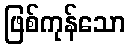
ဖြစ်ကုန်သော